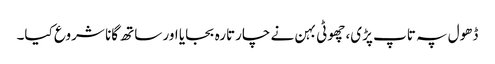
ڈھول پہ تاپ پڑی، چھوٹی بہن نے چارتارہ بجایا اور ساتھ گانا شروع کیا۔